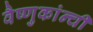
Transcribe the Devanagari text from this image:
वैष्णुकांन्ची